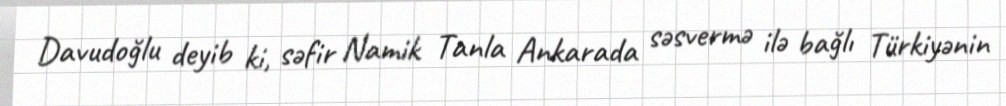
Davudoğlu deyib ki, səfir Namik Tanla Ankarada səsvermə ilə bağlı Türkiyənin